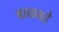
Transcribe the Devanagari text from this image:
बाळवडे